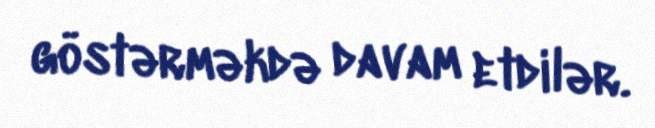
göstərməkdə davam etdilər.